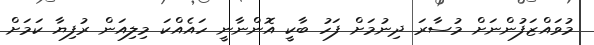
މުވައްޒަފުންނަށް މުސާރަ ދިނުމަށް ފަހު ބާކީ އޮންނާނީ ހައެއްކަ މިލިއަން ރުފިޔާ ކަމަށް